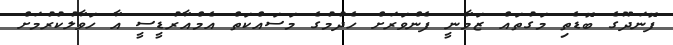
ފޮނަދޫގެ ބޮޑެތި މަގުތައް ޒަމާނީ ފެންވަރަށް ހެދުމުގެ މަސައްކަތް އެމްއާރުޑީސީ އާ ހަވާލުކުރުމަށް